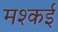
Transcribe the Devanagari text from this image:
मश्कई